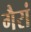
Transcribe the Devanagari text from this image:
गैरां